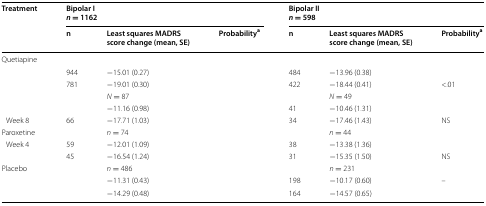
<table><thead><tr><td rowspan="2"><b>Treatment</b></td><td colspan="3"><b>Bipolar I<i>n</i> = 1162</b></td><td colspan="3"><b>Bipolar II<i>n</i> = 598</b></td></tr><tr><td><b>n</b></td><td><b>Least squares MADRS score change (mean, SE)</b></td><td><b>Probability<sup>a</sup></b></td><td><b>n</b></td><td><b>Least squares MADRS score change (mean, SE)</b></td><td><b>Probability<sup>a</sup></b></td></tr></thead><tbody><tr><td colspan="7">Quetiapine</td></tr><tr><td>[EMPTY_CELL]</td><td>944</td><td>−15.01 (0.27)</td><td>[EMPTY_CELL]</td><td>484</td><td>−13.96 (0.38)</td><td>[EMPTY_CELL]</td></tr><tr><td>[EMPTY_CELL]</td><td>781</td><td>−19.01 (0.30)</td><td>[EMPTY_CELL]</td><td>422</td><td>−18.44 (0.41)</td><td>&lt;.01</td></tr><tr><td>[EMPTY_CELL]</td><td>[EMPTY_CELL]</td><td><i>N</i> = 87</td><td>[EMPTY_CELL]</td><td>[EMPTY_CELL]</td><td><i>N</i> = 49</td><td>[EMPTY_CELL]</td></tr><tr><td>[EMPTY_CELL]</td><td>[EMPTY_CELL]</td><td>−11.16 (0.98)</td><td>[EMPTY_CELL]</td><td>41</td><td>−10.46 (1.31)</td><td>[EMPTY_CELL]</td></tr><tr><td> Week 8</td><td>66</td><td>−17.71 (1.03)</td><td>[EMPTY_CELL]</td><td>34</td><td>−17.46 (1.43)</td><td>NS</td></tr><tr><td>Paroxetine</td><td>[EMPTY_CELL]</td><td><i>n</i> = 74</td><td>[EMPTY_CELL]</td><td>[EMPTY_CELL]</td><td><i>n</i> = 44</td><td>[EMPTY_CELL]</td></tr><tr><td> Week 4</td><td>59</td><td>−12.01 (1.09)</td><td>[EMPTY_CELL]</td><td>38</td><td>−13.38 (1.36)</td><td>[EMPTY_CELL]</td></tr><tr><td>[EMPTY_CELL]</td><td>45</td><td>−16.54 (1.24)</td><td>[EMPTY_CELL]</td><td>31</td><td>−15.35 (1.50)</td><td>NS</td></tr><tr><td>Placebo</td><td>[EMPTY_CELL]</td><td><i>n</i> = 486</td><td>[EMPTY_CELL]</td><td>[EMPTY_CELL]</td><td><i>n</i> = 231</td><td>[EMPTY_CELL]</td></tr><tr><td>[EMPTY_CELL]</td><td>[EMPTY_CELL]</td><td>−11.31 (0.43)</td><td>[EMPTY_CELL]</td><td>198</td><td>−10.17 (0.60)</td><td>–</td></tr><tr><td>[EMPTY_CELL]</td><td>[EMPTY_CELL]</td><td>−14.29 (0.48)</td><td>[EMPTY_CELL]</td><td>164</td><td>−14.57 (0.65)</td><td>[EMPTY_CELL]</td></tr></tbody></table>